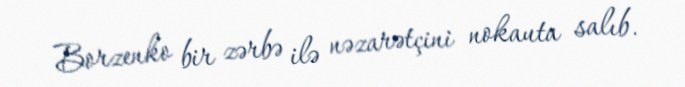
Borzenko bir zərbə ilə nəzarətçini nokauta salıb.